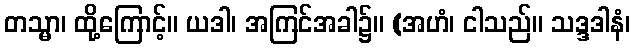
တသ္မာ၊ ထို့ကြောင့်။ ယဒါ၊ အကြင်အခါ၌။ (အဟံ၊ ငါသည်။ သဒ္ဒဒါနံ၊